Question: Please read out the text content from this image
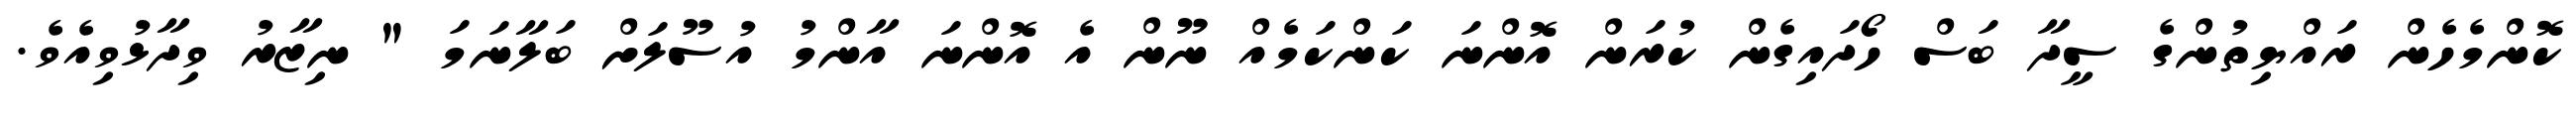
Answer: ކޮންމެހެން ރައްޔިތުންގެ ސީދާ ބަސް ހޯދައިގެން ކުރަން އޮންނަ ކަންކަމެއް ނޫން އެ އޮންނަ އާންމު އުސޫލަށް ބަލާނަމަ " ނިޒާރު ވިދާޅުވިއެވެ.